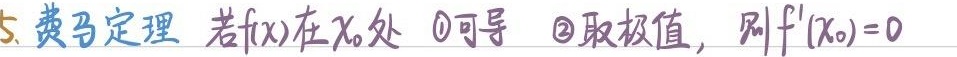
5. 费马定理 若$f(x)$在$x_0$处 \textcircled{1}可导 \textcircled{2}取极值，则$f'(x_0)=0$